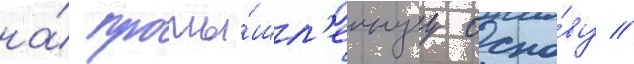
на́ промы́шл'еннуу осно́ву //